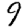
Digit: 9